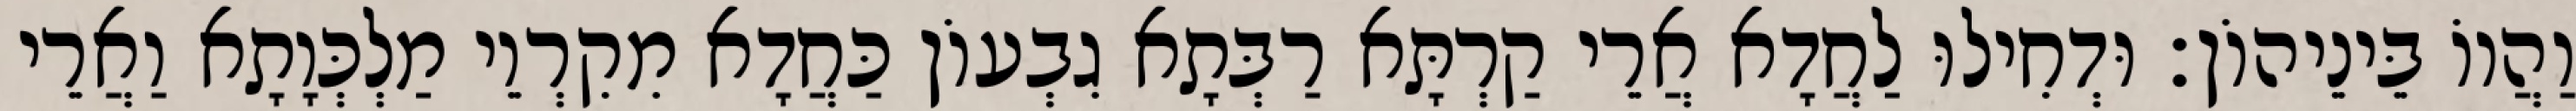
וַהֲווֹ בֵּינֵיהוֹן׃ וּדְחִילוּ לַחֲדָא אֲרֵי קַרְתָּא רַבְּתָא גִבְעוֹן כַּחֲדָא מִקִרְוֵי מַלְכְּוָתָא וַאֲרֵי